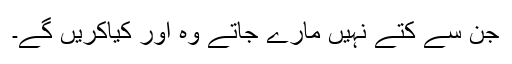
جن سے کتے نہیں مارے جاتے وہ اور کیاکریں گے۔